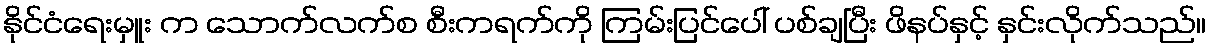
နိုင်ငံရေးမှူး က သောက်လက်စ စီးကရက်ကို ကြမ်းပြင်ပေါ် ပစ်ချပြီး ဖိနပ်နှင့် နှင်းလိုက်သည်။